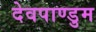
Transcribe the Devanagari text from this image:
देवपाण्डुम